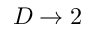
D \rightarrow 2